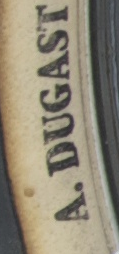
A.DUGAST